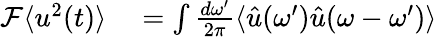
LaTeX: \begin{array}{rl}{\mathcal{F}\langle u^{2}(t)\rangle}&{{}=\int\frac{d\omega^{\prime}}{2\pi}\langle\hat{u}(\omega^{\prime})\hat{u}(\omega-\omega^{\prime})\rangle}\end{array}